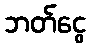
ဘတ်ငွေ